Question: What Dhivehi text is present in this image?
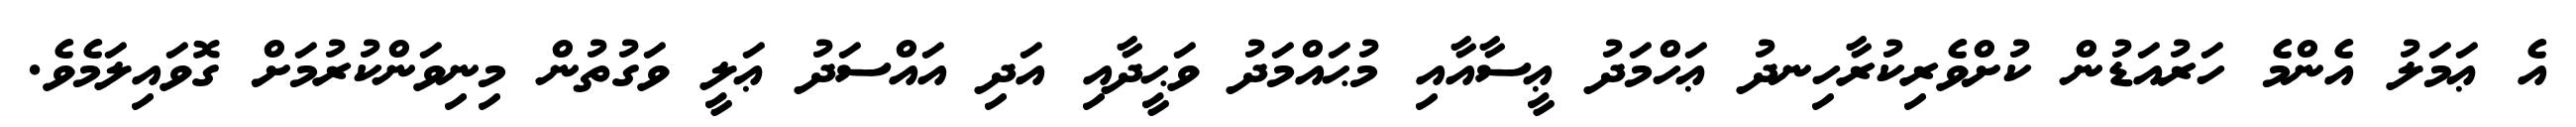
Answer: އެ ޢަމަލު އެންމެ ހަރުއަޑުން ކުށްވެރިކުރާހިނދު ޢަހްމަދު ޢީސާއާއި މުޙައްމަދު ވަޙީދާއި އަދި އައްސަދު ޢަލީ ވަގުތުން މިނިވަންކުރުމަށް ގޮވައިލަމެވެ.